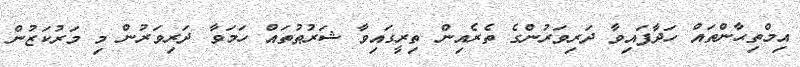
އިމްތިޙާންތައް ހަދާފައިވާ ދަރިވަރުންގެ ތެރެއިން ތިރީގައިވާ ޝަރުޠުތައް ހަމަވާ ދަރިވަރުން މި މަރުކަޒުން